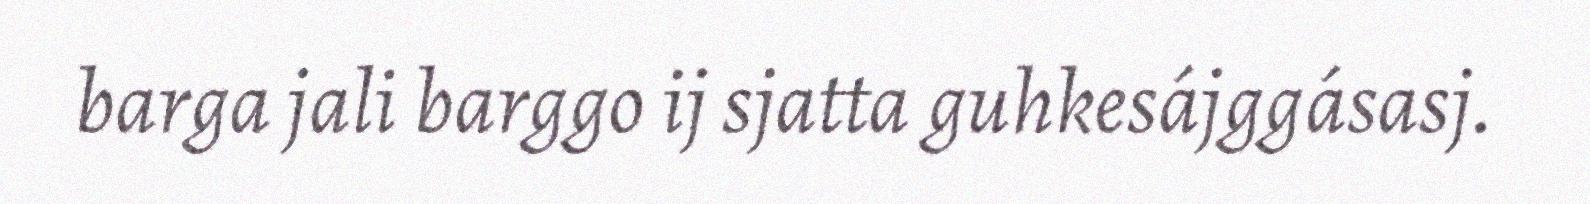
barga jali barggo ij sjatta guhkesájggásasj.